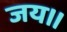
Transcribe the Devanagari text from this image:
जय।।